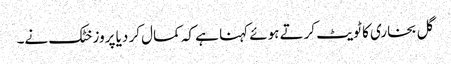
گل بخاری کا ٹویٹ کرتے ہوئے کہنا ہے کہ کمال کر دیا پروز خٹک نے۔